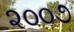
૨૦૦૭